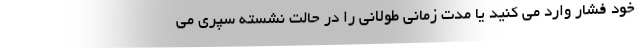
خود فشار وارد می کنید یا مدت زمانی طولانی را در حالت نشسته سپری می